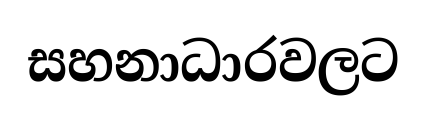
සහනාධාරවලට